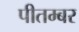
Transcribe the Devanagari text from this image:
पीतम्बर